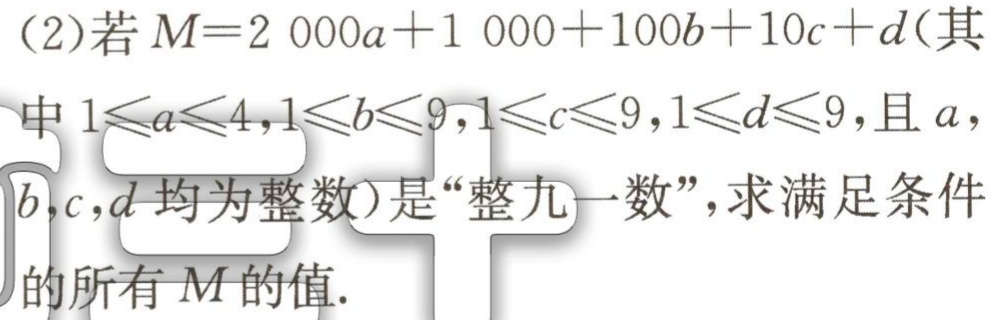
(2)若\(M = 2000a + 1000+100b + 10c + d\)(其中\(1\leqslant a\leqslant4\)，\(1\leqslant b\leqslant9\)，\(1\leqslant c\leqslant9\)，\(1\leqslant d\leqslant9\)，且\(a\)，\(b\)，\(c\)，\(d\)均为整数)是“整九一数”，求满足条件的所有\(M\)的值.